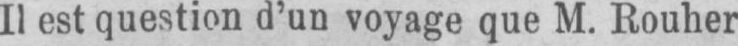
Il est question d’un voyage que M. Rouher